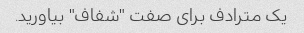
یک مترادف برای صفت "شفاف" بیاورید.